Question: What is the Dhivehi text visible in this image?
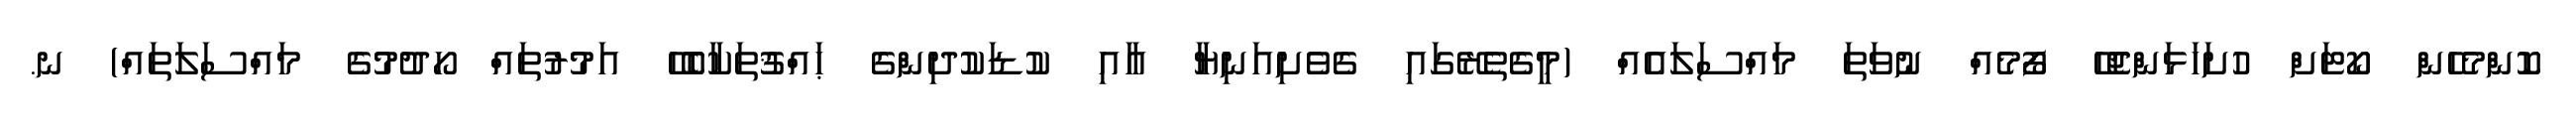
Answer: ކޮންމެހެން ކޯޓަށް ހުށަހަޅަންޖެހޭ ފޯމެއް ނުވަތަ މައްސަލައެއް (މީގެތެރޭގައި ގެވެށިއަނިޔާ އާއި ކުޑަކުދިންގެ ޙައްޤުތަކާބެހޭ އަމުރުތައް ހޯދުމުގެ މައްސަލަތައް) ނ.